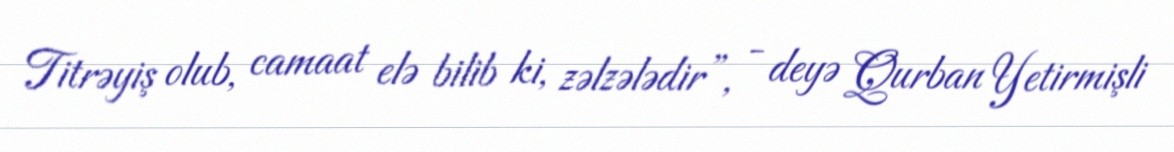
Titrəyiş olub, camaat elə bilib ki, zəlzələdir”, - deyə Qurban Yetirmişli